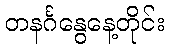
တနင်္ဂနွေနေ့တိုင်း